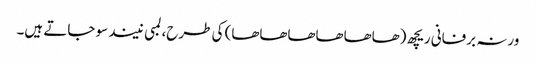
ورنہ برفانی ریچھ (ھاھاھاھاھاھا) کی طرح، لمبی نیند سو جاتے ہیں۔